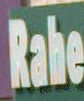
Rate